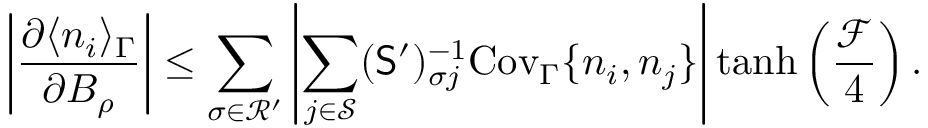
\left| \frac { \partial \langle n _ { i } \rangle _ { \Gamma } } { \partial B _ { \rho } } \right| \leq \sum _ { \sigma \in \mathcal { R } ^ { \prime } } \left| \sum _ { j \in \mathcal { S } } ( \mathsf { S } ^ { \prime } ) _ { \sigma j } ^ { - 1 } \mathrm { C o v } _ { \Gamma } \{ n _ { i } , n _ { j } \} \right| \operatorname { t a n h } \left( \frac { \mathcal { F } } { 4 } \right) .